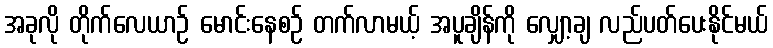
အခုလို တိုက်လေယာဉ် မောင်းနေစဉ် တက်လာမယ့် အပူချိန်ကို လျှော့ချ လည်ပတ်ပေးနိုင်မယ်